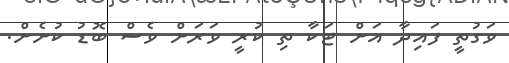
ވަގުތީ ފައިދާ އަށް ޓަކާ ތި ކުރީ ވަރަށް ވެސް ބޮޑު ކުށެށް.